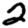
Digit: 2